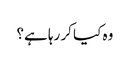
وہ کیا کر رہا ہے؟